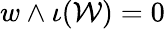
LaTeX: w\wedge\iota(\mathcal{W})=0